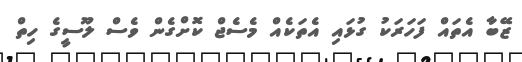
ޒޭބާ އެތައް ފަހަރަކު ގުޅައި އެތަކެއް މެސެޖް ކޮށްގެން ވެސް ލޫސީގެ ހިތް